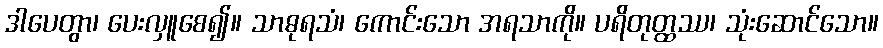
ဒါပေတွာ၊ ပေးလှူစေ၍။ သာဓုရသံ၊ ကောင်းသော အရသာကို။ ပရိတုတ္ထဿ၊ သုံးဆောင်သော။